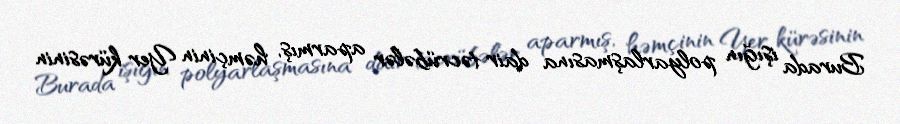
Burada işığın polyarlaşmasına dair təcrübələr aparmış, həmçinin Yer kürəsinin